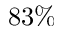
8 3 \%